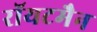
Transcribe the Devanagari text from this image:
रॉयटमैन